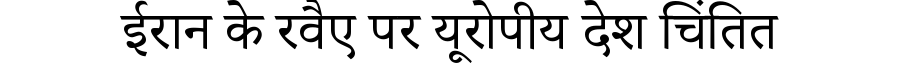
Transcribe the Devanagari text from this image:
ईरान के रवैए पर यूरोपीय देश चिंतित